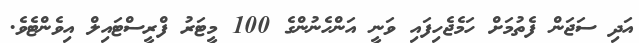
އަދި ސަޖަން ފެތުމަށް ހަމެޖެހިފައި ވަނީ އަންހެނުންގެ 100 މީޓަރު ފްރީސްޓައިލް އިވެންޓެވެ.